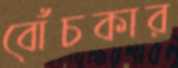
বোঁচকার